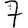
Digit: 7